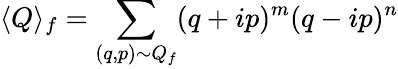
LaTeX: \langle Q\rangle_{f}=\sum_{(q,p)\sim Q_{f}}(q+ip)^{m}(q-ip)^{n}